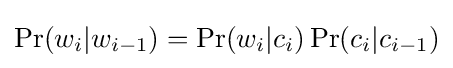
\Pr(w_{i}|w_{i-1})=\Pr(w_{i}|c_{i})\Pr(c_{i}|c_{i-1})